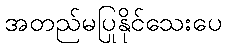
အတည်မပြုနိုင်သေးပေ